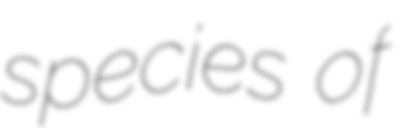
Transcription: species of